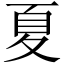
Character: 夏